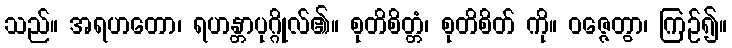
သည်။ အရဟတော၊ ရဟန္တာပုဂ္ဂိုလ်၏။ စုတိစိတ္တံ၊ စုတိစိတ် ကို။ ဝဇ္ဇေတွာ၊ ကြဉ်၍။